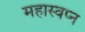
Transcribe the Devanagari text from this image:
महास्‍वप्‍न